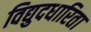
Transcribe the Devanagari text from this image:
विद्युदधारिता